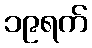
၁၉ရက်